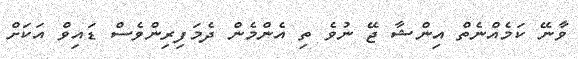
ވާނޭ ކަމެއްނެތް އިންޝާ ޖޭ ނުވެ ތި އެންމެން ދެމަފިރިންވެސް ޑައިވް އަކަށް